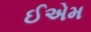
ઈએમ